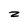
Character: z